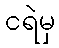
ငရဲမှ